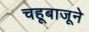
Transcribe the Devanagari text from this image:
चहूबाजूने